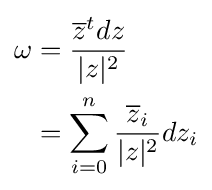
{\begin{aligned}\omega &={\frac {{\overline {z}}^{t}dz}{|z|^{2}}}\\&=\sum _{i=0}^{n}{\frac {{\overline {z}}_{i}}{|z|^{2}}}dz_{i}\end{aligned}}